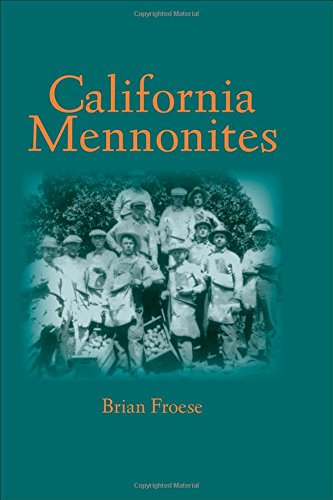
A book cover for California Mennonites (Young Center Books in Anabaptist and Pietist Studies); Brian Froese; Christian Books & Bibles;